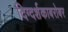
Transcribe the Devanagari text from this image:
दिग्दर्शकाबरोबर